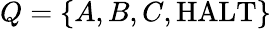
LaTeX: Q=\{ A,B,C,{\mathrm{HALT}}\}